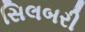
સિલબરી